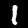
Digit: 1